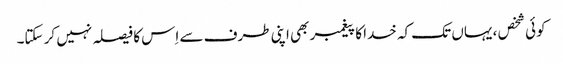
کوئی شخص ، یہاں تک کہ خدا کا پیغمبر بھی اپنی طرف سے اِس کا فیصلہ نہیں کر سکتا۔